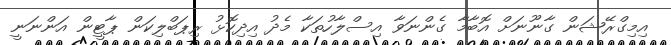
އިމިގްރޭޝަން ގާނޫނަށް އޮބާމާ ގެންނަވާ އިސްލާހުތަކާ މެދު އިދިކޮޅު ރިޕަބްލިކަން ޕާޓީން އަންނަނީ